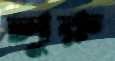
লুরু